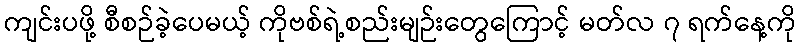
ကျင်းပဖို့ စီစဉ်ခဲ့ပေမယ့် ကိုဗစ်ရဲ့စည်းမျဉ်းတွေကြောင့် မတ်လ ၇ ရက်နေ့ကို